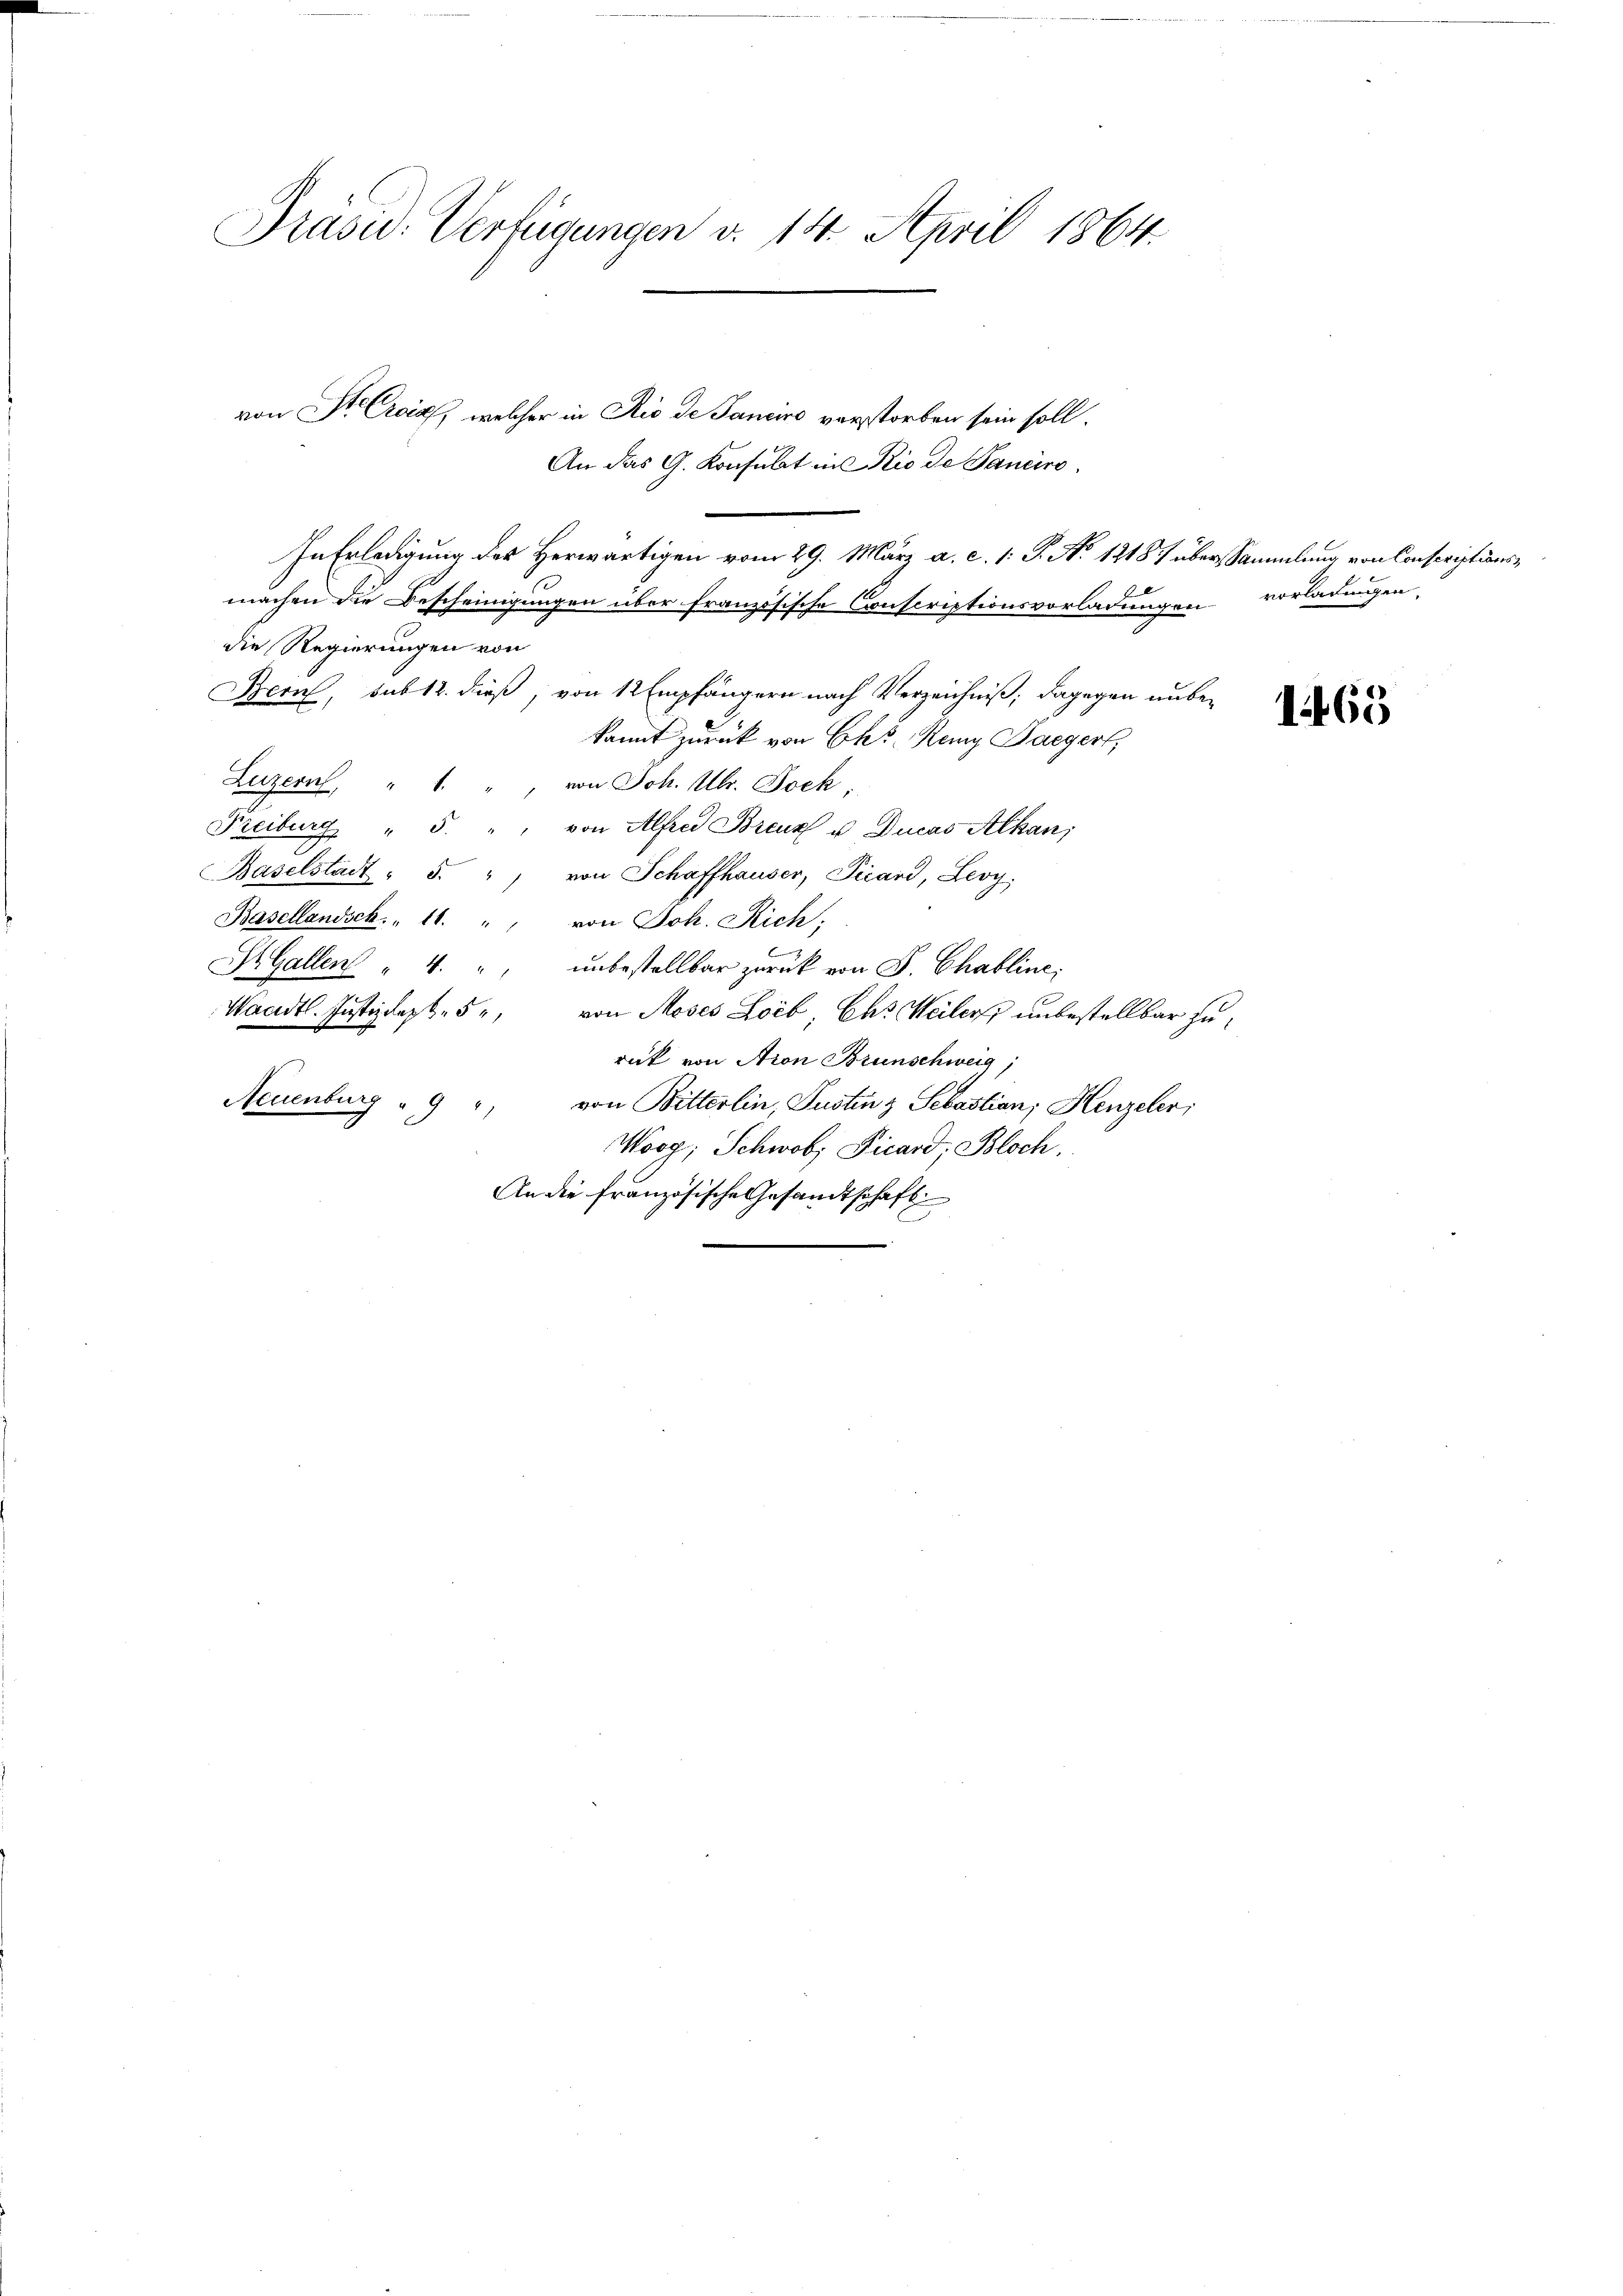
Präsu. Verfügungen v. 14. April 1864.

von St. Croix, welcher in Rio de Janeiro verstorben sein soll.
An das G. Konsulat in Rio de Sanciro
|
In Erledigung des Herwärtigen vom 29. März a. c. 1: P. No 12187 überssammlung von Conscriptionsmachen die Bescheinigungen über französische Conscriptionsvorladungen vorladungen,
die Regierungen von
Bern, sub 12. dieß, von 12 Empfängern nach Verzeichniß; dagegen unbe-
kannt zurück von Ekes, Remy Paegert,
Luzern, " " " von Joh. Ulr. Jock,
Freiburg, " 5. " " von Alfrei Breuz u. Ducas Athan;
Baselstadt " 5.
von Schaffhauser, Picand, Leoy,
Basellandsch. " 11. " " von Joh. Rich:
S Gallen " 4. " unbestellbar zurück von P. Chabline,
Waadt. Justizdept. 5, von Moses Loib Ehr Weilers unbestellbar zurück von Atron Brunschweig
Neuenburg " 9
", von Bitterlin, Justinz Sebastian; Henzeler;
Worg; Schwob Ficard, Bloch.
An die französische Gesandtschaft

1465